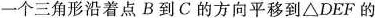
一个三角形沿着点B到C的方向平移到△DEF的